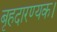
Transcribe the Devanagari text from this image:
बृहदारण्यक।